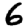
Digit: 6